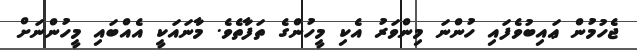
ޖެހުމުން ޢައިބުވެފައި ހުންނަ މިންވަރު އެކި މީހުންގެ ތަފާތެވެ. މާނައަކީ އެއްބައި މީހުންނަށް